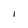
Character: I